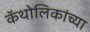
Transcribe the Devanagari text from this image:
कॅथोलिकांच्या